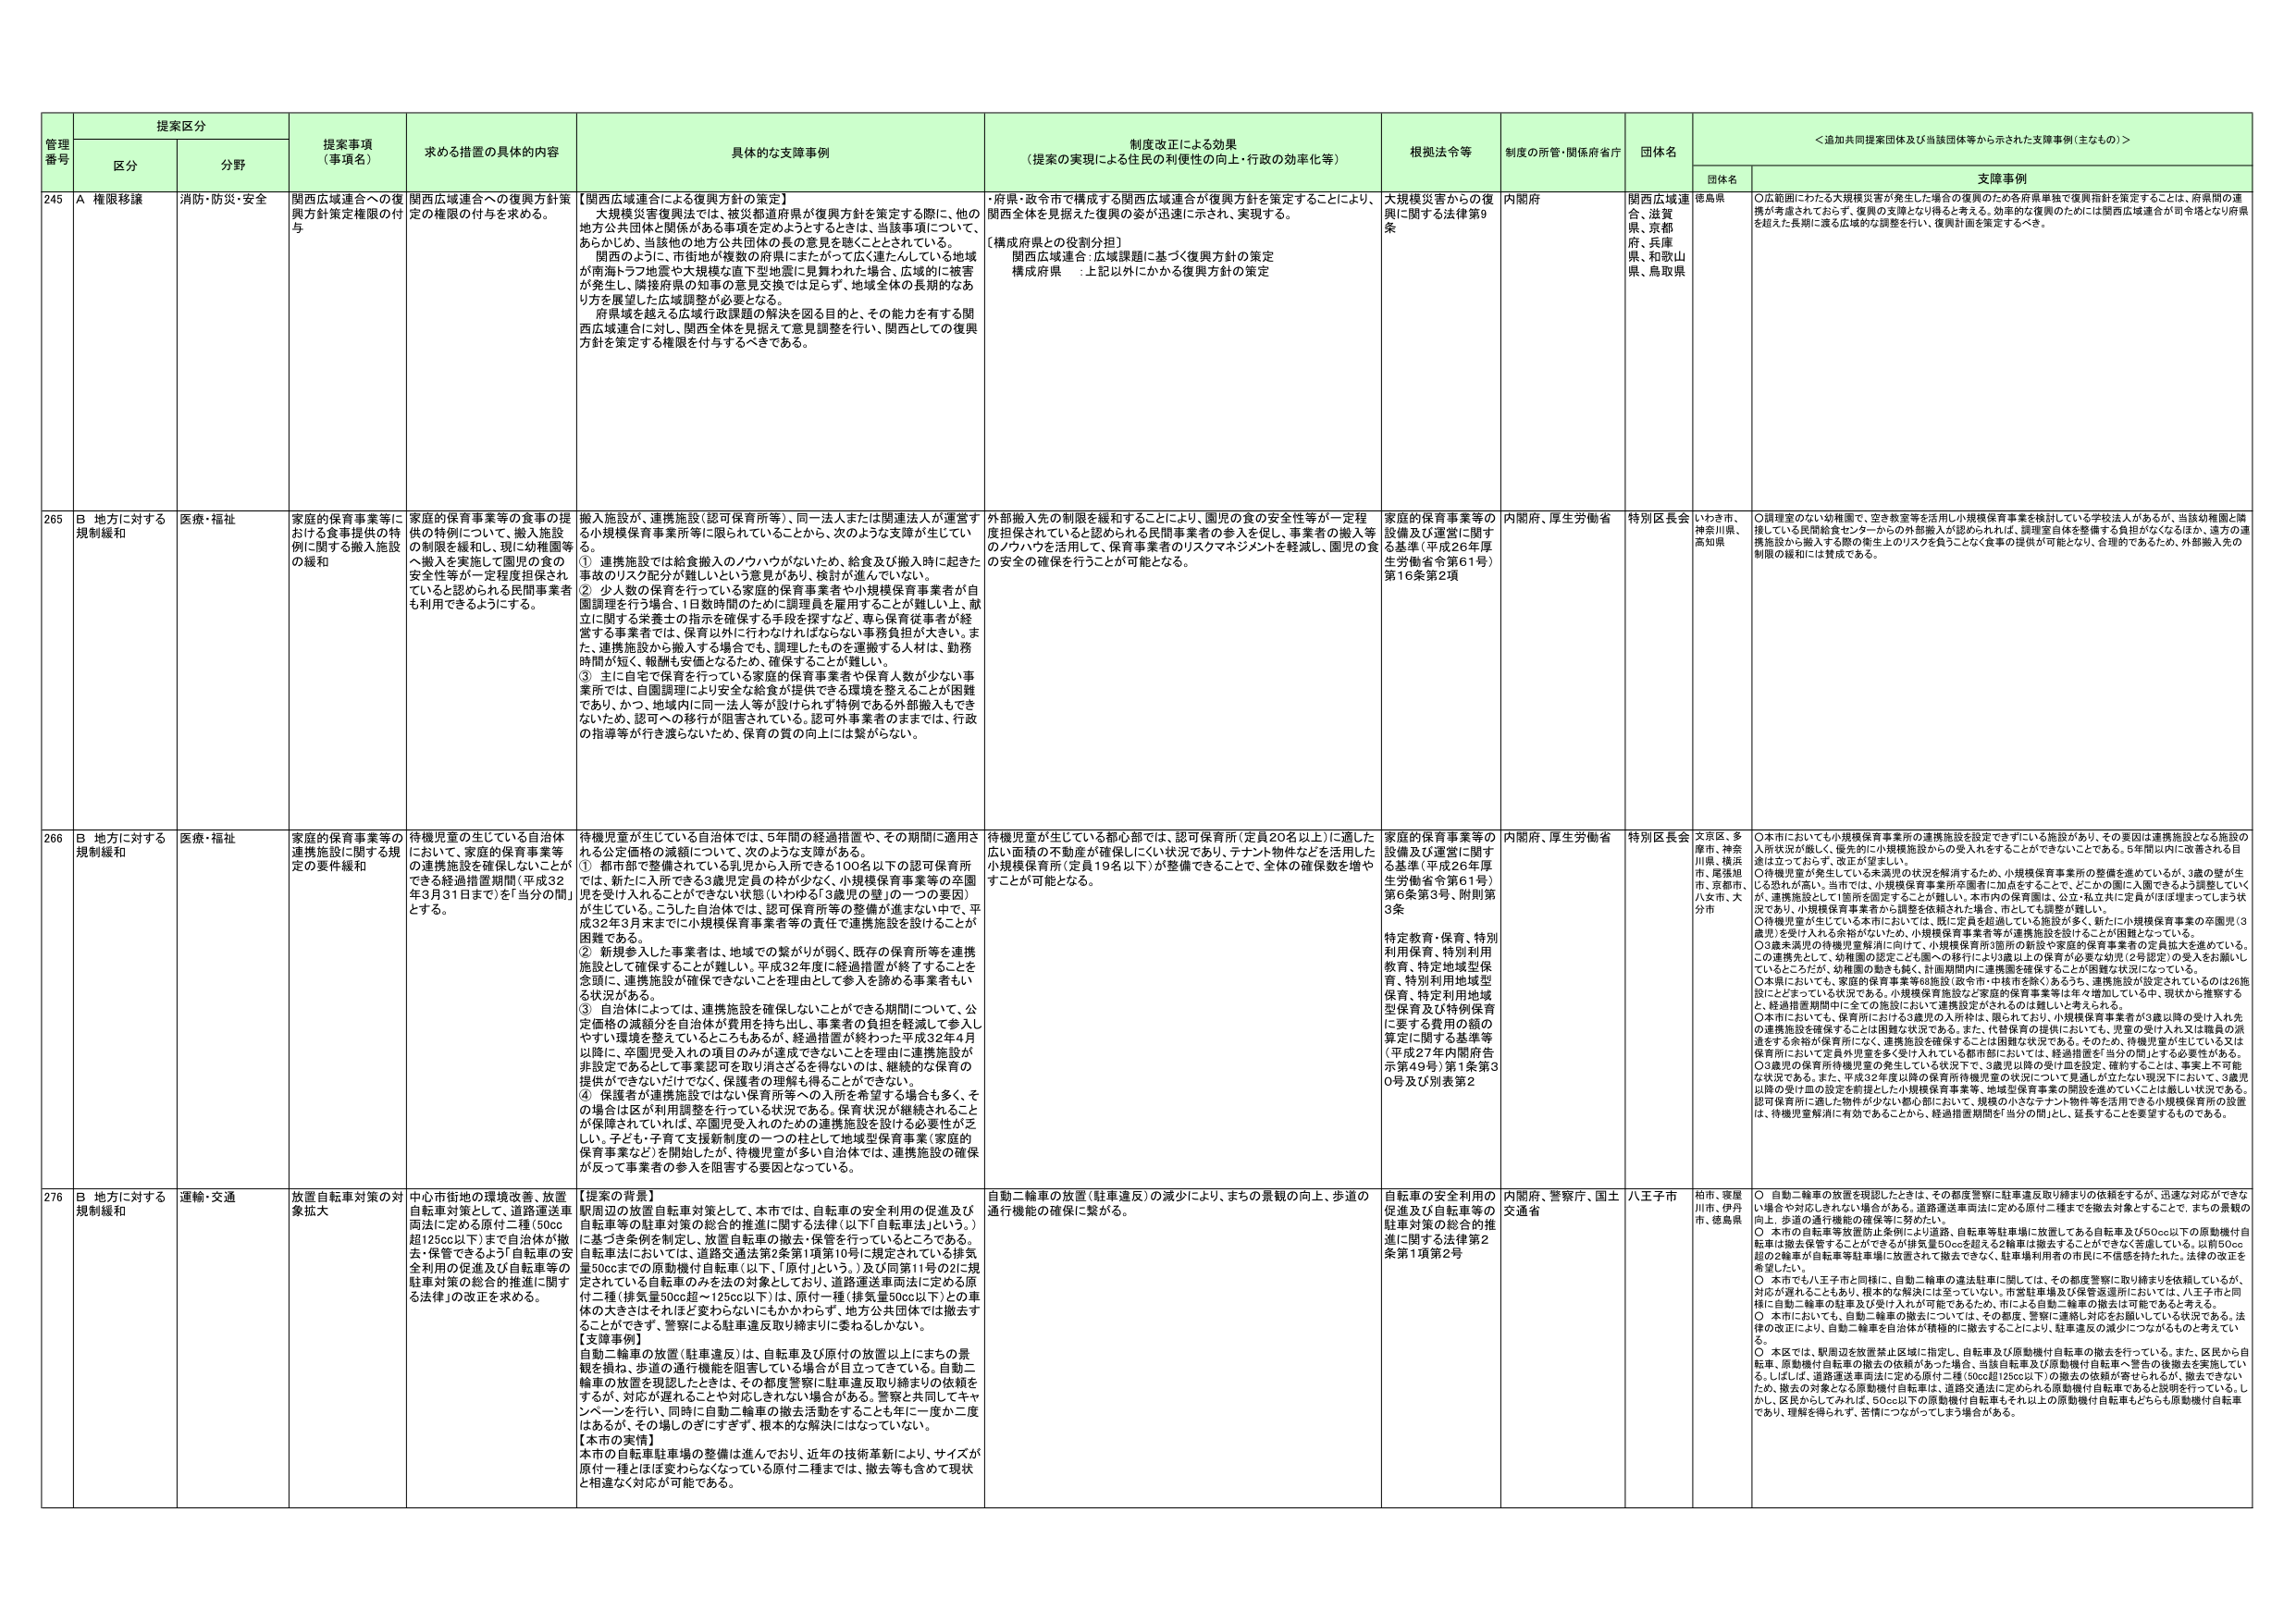
管理番号 提案区分 提案事項（事項名） 求める措置の具体的内容 具体的な支援事例 制度改正による効果（提案の実現による住民の利便性の向上・行政の効率化等） 根拠法令等 制度の所管・関係府省庁 団体名 ＜追加共同提案団体及び当該団体等から示された支援事例（主なもの）＞
区分 分野 団体名 支援事例
245 A 権限移譲 消防・防災・安全 関西広域連合への復興方針策定権限の付与 関西広域連合への復興方針策定の権限の付与を求める。 【関西広域連合による復興方針の策定】 大規模災害復興法では、被災都道府県が復興方針を策定する際に、他の地方公共団体と関係がある事項を定めようとするときは、当該事項について、あらかじめ、当該他の地方公共団体の長の意見を聴くこととされている。 関西のように、市街地が複数の府県にまたがって広く連たんしている地域が南海トラフ地震や大規模な直下型地震に見舞われた場合、広域的に被害が発生し、隣接府県の知事の意見交換では足らず、地域全体の長期的なあり方を展望した広域調整が必要となる。 府県域を越える広域行政課題の解決を図る目的と、その能力を有する関西広域連合に対し、関西全体を見据えて意見調整を行い、関西としての復興方針を策定する権限を付与するべきである。 ・府県・政令市で構成する関西広域連合が復興方針を策定することにより、関西全体を見据えた復興の姿が迅速に示され、実現する。 【構成府県との役割分担】 関西広域連合 広域課題に基づく復興方針の策定 構成府県 ：上記以外にかかる復興方針の策定 大規模災害からの復興に関する法律第9条 内閣府 関西広域連合、滋賀県、京都府、兵庫県、和歌山県、鳥取県 徳島県 ○広範囲にわたる大規模災害が発生した場合の復興のため各府県単独で復興指針を策定することは、府県間の連携が考慮されておらず、復興の支援となり得ると考える。効率的な復興のためには関西広域連合が司令塔となり府県を超えた長期に渡る広域的な調整を行い、復興計画を策定するべき。
265 B 地方に対する規制緩和 医療・福祉 家庭的保育事業等における食事提供の特例に関する搬入施設の緩和 家庭的保育事業等の食事の提供の特例について、搬入施設の制限を緩和し、現に幼稚園等へ搬入を実施して園児の食の安全性等が一定程度担保されていると認められる民間事業者も利用できるようにする。 搬入施設が、連携施設（認可保育所等）、同一法人または関連法人が運営する小規模保育事業所等に限られていることから、次のような支障が生じている。 ① 連携施設では給食搬入のノウハウがないため、給食及び搬入時に起きる事故のリスク配分が難しいという意見があり、検討が進んでいない。 ② 少人数の保育を行っている家庭的保育事業者や小規模保育事業者が自園調理を行う場合、1日数時間のために調理員を雇用することが難しい上、献立に関する栄養士の指示を確保する手段を探すなど、専ら保育従事者が経営する事業者では、保育以外に行わなければならない事務負担が大きい。また、連携施設から搬入する場合でも、調理したものを運搬する人材は、勤務時間が短く、報酬も安価となるため、確保することが難しい。 ③ 主に自宅で保育を行っている家庭的保育事業者や保育人数が少ない事業所では、自園調理により安全な給食が提供できる環境を整えることが困難であり、かつ、地域内に同一法人等が設けられず特例である外部搬入もできないため、認可への移行が阻害されている。認可外事業者のままでは、行政の指導等が行き渡らないため、保育の質の向上には繋がらない。 外部搬入先の制限を緩和することにより、園児の食の安全性等が一定程度担保されていると認められる民間事業者の参入を促し、事業者の搬入等のノウハウを活用して、保育事業者のリスクマネジメントを軽減し、園児の食の安全の確保を行うことが可能となる。 家庭的保育事業等の設備及び運営に関する基準（平成26年厚生労働省令第61号）第16条第2項 内閣府、厚生労働省 特別区長会 いわき市、神奈川県、高知県 ○調理室のない幼稚園で、空き教室等を活用し小規模保育事業を検討している各学校法人があるが、当該幼稚園と隣接している民間給食センターからの外部搬入が認められれば、調理室自体を整備する負担がなくなるほか、遠方の連携施設から搬入する際の衛生上のリスクを負うことでなく食事の提供が可能となり、合理的であるため、外部搬入先の制限の緩和には賛成である。
266 B 地方に対する規制緩和 医療・福祉 家庭的保育事業等の連携施設に関する規定の要件緩和 待機児童の生じている自治体において、家庭的保育事業等の連携施設を確保しないことができる経過措置期間（平成32年3月31日まで）を「自分の間」とする。 待機児童が生じている自治体では、5年間の経過措置や、その期間に適用される公定価格の減額について、次のよう支障がある。 ① 都市部で整備されている乳児から入所できる100名以下の認可保育所では、新たに入所できる3歳児定員の枠が少なく、小規模保育事業等の定員を受け入れることができない状態（いわゆる「3歳児の壁」の一つの要因）が生じている。こうした自治体では、認可保育所等の整備が進まない中で、平成32年3月末までに小規模保育事業者等の責任で連携施設を設けることが困難である。 ② 新規参入した事業者は、地域での繋がりが弱く、既存の保育所等を連携施設として確保することは難しい。平成32年度に経過措置が終了することを念頭に、連携施設が確保できないことを理由として参入を諦める事業者もいる状況がある。 ③ 自治体によっては、連携施設を確保しないことができる期間について、公定価格の減額分を自治体が費用を持ち出し、事業者の負担を軽減して参入しやすい環境を整えているところもあるが、経過措置が終わった平成32年4月以降に、卒園児受入れの項目のみが達成できないことを理由に連携施設が非設定であるとして事業認可を取り消さざるを得ないのは、継続的な保育の提供ができないただけでなく、保護者の理解も得ることができない。 ④ 保護者が連携施設ではない保育所等への入所を希望する場合も多く、その場合は区が利用調整を行っている状況である。保育状況が継続されることを保障されなければ、卒園児受入れのための連携施設を設ける必要性が乏しい。子ども・子育て支援新制度の一つの柱として地域型保育事業（家庭的保育事業など）を開始したが、待機児童が多い自治体では、連携施設の確保が反って事業者の参入を阻害する要因となっている。 待機児童が生じている都心部では、認可保育所（定員20名以上）に適した広い面積の不動産が確保しにくい状況であり、テナント物件などを活用した小規模保育所（定員19名以下）が整備できることで、全体の確保数を増やすことが可能となる。 家庭的保育事業等の設備及び運営に関する基準（平成26年厚生労働省令第61号）第6条第3号、附則第3条 特定教育・保育、特別利用保育、特別利用保育、特定地域型保育、特別利用地域型保育、特定利用地域型保育及び特別保育に要する費用の額の算定に関する基準等（平成27年内閣府告示第49号）第1条第30号及び別表第2 内閣府、厚生労働省 特別区長会 文京区、多摩市、神奈川県、横浜市、尾張旭市、京都府、八女市、大分市 ○本市においても小規模保育事業所の連携施設を設定できずにいる施設があり、その要因は連携施設となる施設の入所状況が厳しく、優先的に小規模施設からの受入れをすることができないところである。5年間以内に改善される目途は立っておらず、改正が望ましい。 ○待機児童が発生している未満児の状況を解消するため、小規模保育事業所の整備を進めているが、3歳の壁が生じる恐れが高い。当市では、小規模保育事業所を園舎に加点をすることで、どこかの園に入園できるよう調整していくが、連携施設として園所を固定することが難しい。本市内の保育園は、公立・私立共に定員がほぼ満たってしまう状況であり、小規模保育事業者から調整を依頼された場合、市としても調整が難しい。 ○待機児童が生じている本市においては、既に定員を超過している施設が多く、新たに小規模保育事業の卒園児（3歳児）を受け入れる余裕がないため、小規模保育事業者等が連携施設を設けることが困難となっている。 ○3歳未満児の待機児童解消に向けて、小規模保育所の新設や家庭的保育事業者の定員拡大を進めている。この連携先として、幼稚園の設定ごと3園への移行により園以上の保育が必要な幼児（2号認定）の受入れをお願いしているところだが、幼稚園の動きも鈍く、計画期間内に連携園を確保することが困難な状況になっている。 ○本県においても、家庭的保育事業等68施設（政令市・中核市を除く）あるうち、連携施設が設定されているのは26施設にとどまっている状況である。小規模保育施設など家庭的保育事業等は年々増加している中、現状から推察すると、経過措置期間中に全ての施設において連携設定がされるのは難しいと考えられる。 ○本市においても、保育所における3歳児の入所枠は、限られており、小規模保育事業者が3歳以降の受け入れ先の連携施設を確保することは困難な状況である。また、代替保育の提供においても、児童の受け入れ又は職員の派遣をする余裕が保育所になく、連携施設を確保することは困難な状況である。そのため、待機児童が生じている又は保育所において定員外児童を多く受け入れている都市部においては、経過措置を「自分の間」とする必要性がある。 ○3歳児の保育所待機児童の発生している状況下で、3歳児以降の受け皿を設定、維持することは、事業上不可能な状況である。また、平成32年度以降の保育所待機児童の状況について見通しが立たない現況下において、3歳児以降の受け皿の設定を前提とした小規模保育事業等、地域型保育事業の開設を進めていくことは厳しい状況である。認可保育所に適した物件が少ない都心部において、規模の小さなテナント物件等を活用できる小規模保育所の設置は、待機児童解消に有効である。これら、経過措置期間「自分の間」とし、延長することを要望するものである。
276 B 地方に対する規制緩和 運輸・交通 放置自転車対策の対象拡大 中心市街地の環境改善、放置自転車対策として、道路運送車両法に定める原付二種（50cc超125cc以下）まで自冶体が撤去・保管できるよう「自転車の安全利用の促進及び自転車等の駐車対策の総合的推進に関する法律」の改正を求める。 【提案の背景】 自転車の放置（駐車違反）として、本市では、自転車の安全利用の促進及び駅周辺の放置自転車対策として、本法（以下「自転車法」という。）に基づき条例を制定し、放置自転車の撤去・保管を行っているところである。 自転車法においては、道路交通法第2条第1項第10号に規定されている排気量50ccまでの原動機付自転車（以下、「原付」という。）及び同第11号の2に規定されている自転車のみを法の対象としており、道路運送車両法に定める原付二種（排気量50cc超～125cc以下）は、原付一種（排気量50cc以下）との車体の大きさはそれほど変わらないにもかかわらず、地方公共団体では撤去することができず、警察による駐車違反取り締まりに委ねるしかない。 【支援事例】 自動二輪車の放置（駐車違反）は、自転車及び原付の放置以上にまちの景観を損ね、歩道の通行機能を阻害している場合が目立ってきている。自動二輪車の放置を現認したときは、その都度警察に駐車違反取り締まりの依頼をすると、対応が遅れることで対応しきれない場合がある。警察と共同してキャンペーンを行い、同時に自動二輪車の撤去活動をすることも年に一度か二度はあるが、その繰しのぎにすぎず、根本的な解決にはなっていない。 【本市の実情】 本市の自転車駐車場の整備は進んでおり、近年の技術革新により、サイズが原付一種とほぼ変わらなくなっている原付二種では、撤去等も含めて現状と相違なく対応が可能である。 自動二輪車の放置（駐車違反）の減少により、まちの景観の向上、歩道の通行機能の確保に繋がる。 自転車の安全利用の促進及び自転車等の駐車対策の総合的推進に関する法律第2条第1項第2号 内閣府、警察庁、国土交通省 八王子市 柏市、寝屋川市、伊丹市、徳島県 ○ 自動二輪車の放置を現認したときは、その都度警察に駐車違反取り締まりの依頼をするが、迅速な対応ができないう場合や対応しきれない場合がある。道路運送車両法に定める原付二種までを撤去対象とすることで、まちの景観の向上、歩道の通行機能の確保等に努めたい。 ○ 本市の自転車等放置防止条例により道路、自転車等駐車場に放置してある自転車及び50cc以下の原動機付自転車は撤去保管することができるが排気量50ccを超える2輪車は撤去することができない苦慮している。以前50cc超の2輪車が自転車等駐車場に放置されて撤去できなく、駐車場利用者の市民に不信感を持たれた。法律の改正を希望した。 ○ 本市でも八王子市と同様に、自動二輪車の違法駐車に関しては、その都度警察に取り締まりを依頼しているが、対応が遅れることもあり、根本的な解決には至っていない。市営駐車場及び保管返還所においては、八王子市と同様に自動二輪車の駐車及び受け入れが可能であるため、市による自動二輪車の撤去は可能であると考える。 ○ 本市においても、自動二輪車の撤去については、その都度、警察に連絡し対応をお願いしている状況である。法律の改正により、自動二輪車を自治体が積極的に撤去することにより、駐車違反の減少につながるものと考えている。 ○ 本区では、駅周辺を放置禁止区域に指定し、自転車及び原動機付自転車の撤去を行っている。また、区民から自転車、原動機付自転車の撤去の依頼があった場合、当該自転車及び原動機付自転車へ警告の後撤去を実施している。しばしば、道路運送車両法に定める原付二種（50cc超125cc以下）の撤去の依頼が寄せられるが、撤去できないため、撤去の対象となる原動機付自転車は、道路交通法に定められる原動機付自転車であると説明を行っている。しかし、区民からしてみれば、50cc以下の原動機付自転車とそれ以上の原動機付自転車もどちらも原動機付自転車であり、理解を得られず、苦情につながってしまう場合がある。